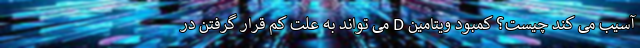
آسیب می کند چیست؟ کمبود ویتامین D می تواند به علت کم قرار گرفتن در